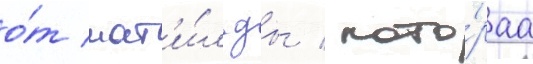
о́т мат'и́льды / кото́раа